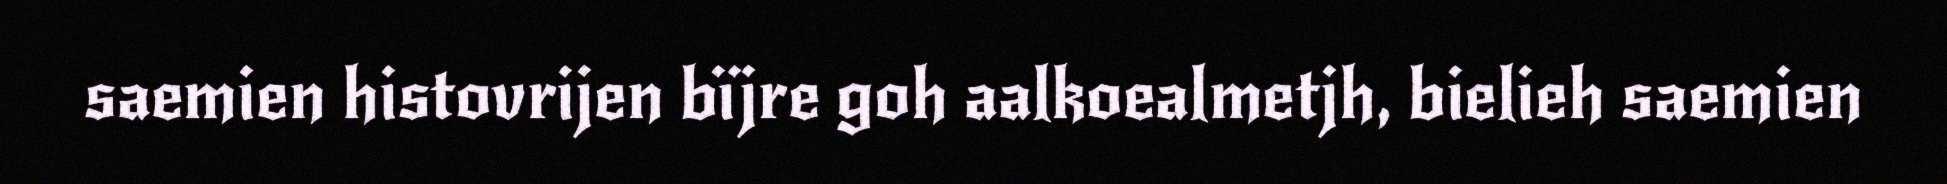
saemien histovrijen bïjre goh aalkoealmetjh, bielieh saemien